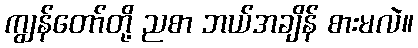
ကျွန်တော်တို့ ညစာ ဘယ်အချိန် စားမလဲ။